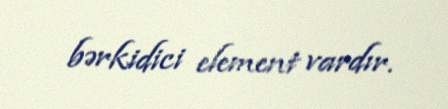
bərkidici element vardır.